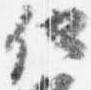
他